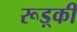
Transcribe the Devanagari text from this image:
रूड़्की